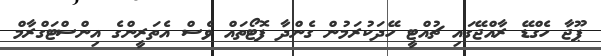
ޕޫޖާ ހެގްޑޭ ރާއްޖޭގައި ޗުއްޓީ ހޭދަކުރަމުން ގެންދާ ފޮޓޯތައް ވެސް އެތަރީންގެ އިންސްޓަގްރާމް